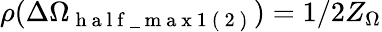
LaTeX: \rho(\Delta\Omega_{\mathrm{~h~a~l~f~\_ ~m~a~x~1~(~2~)~}})=1/2Z_{\Omega}